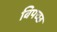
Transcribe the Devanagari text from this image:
बिपच्छ